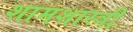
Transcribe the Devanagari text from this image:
शामशास्त्री